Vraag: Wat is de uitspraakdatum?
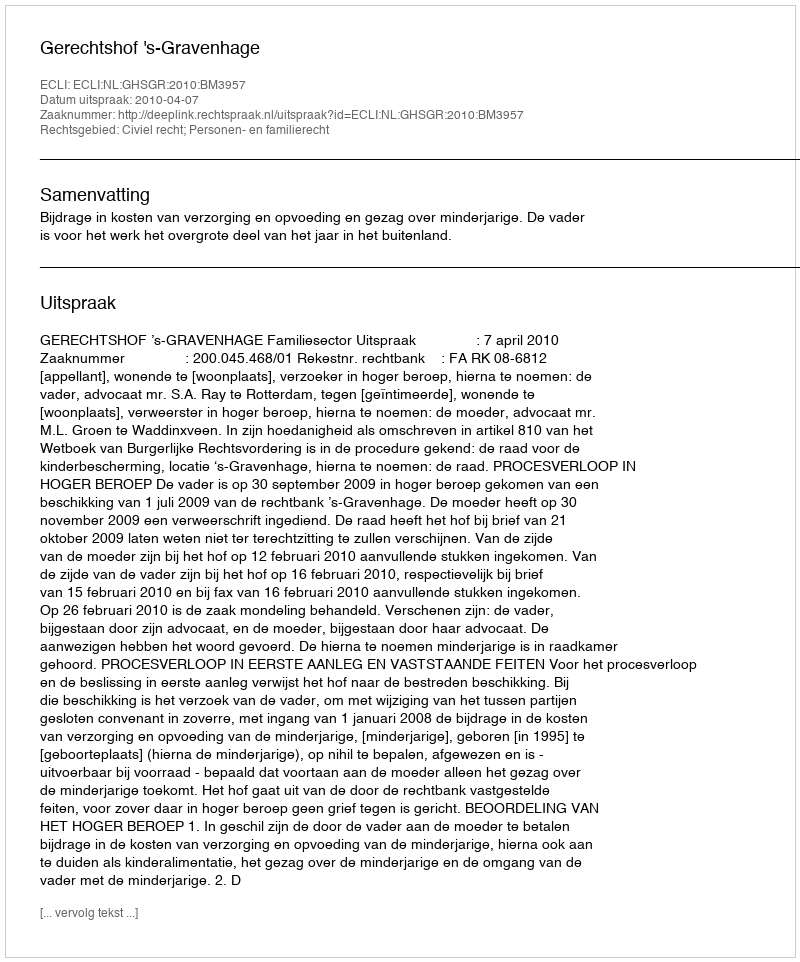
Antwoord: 2010-04-07